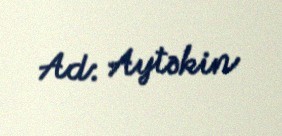
Ad: Aytəkin